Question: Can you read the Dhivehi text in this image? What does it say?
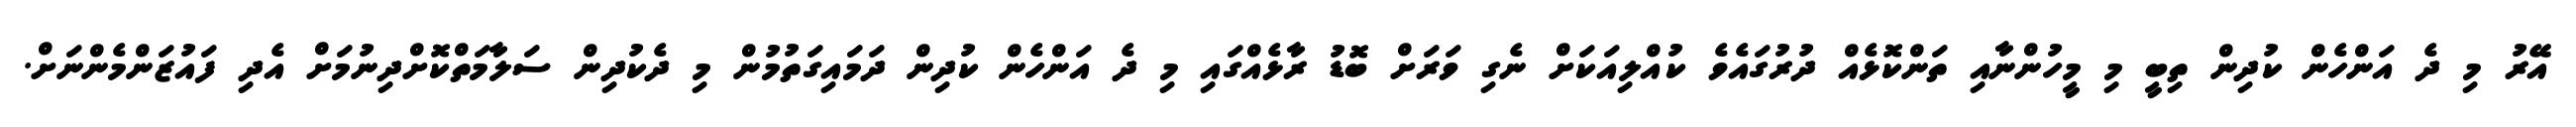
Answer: އޭރު މި ދެ އަންހެން ކުދިން ތިބީ މި މީހުންނާއި ތަންކޮޅެއް ދުރުގައެވެ ކުއްލިއަކަށް ނެގި ވަރަށް ބޮޑު ރާޅެއްގައި މި ދެ އަންހެން ކުދިން ދަމައިގަތުމުން މި ދެކުދިން ސަލާމަތްކޮށްދިނުމަށް އެދި ފައުޒަންމެންނަށް.